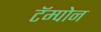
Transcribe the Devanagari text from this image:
टॅम्पोन